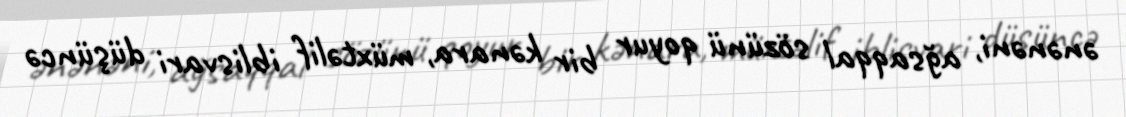
ənənəni, ağsaqqal sözünü qoyur bir kənara, müxtəlif iblisvari düşüncə